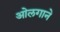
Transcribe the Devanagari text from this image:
ओलगाने